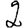
Digit: 2